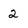
Character: 2